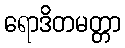
ရောဒိတမတ္တာ